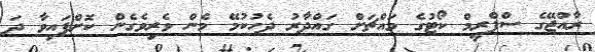
ރާއްޖޭގެ ސްޕްރީމް ކޯޓުގެ މައްޗަށް ގައްދާރު ދެހުކުމޭ މެން ވެރިވެގެން ކޮށްފައިވާ ދަ